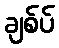
ချစ်ပ်